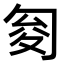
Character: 𠣟